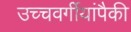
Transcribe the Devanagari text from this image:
उच्चवर्गीयांपैकी